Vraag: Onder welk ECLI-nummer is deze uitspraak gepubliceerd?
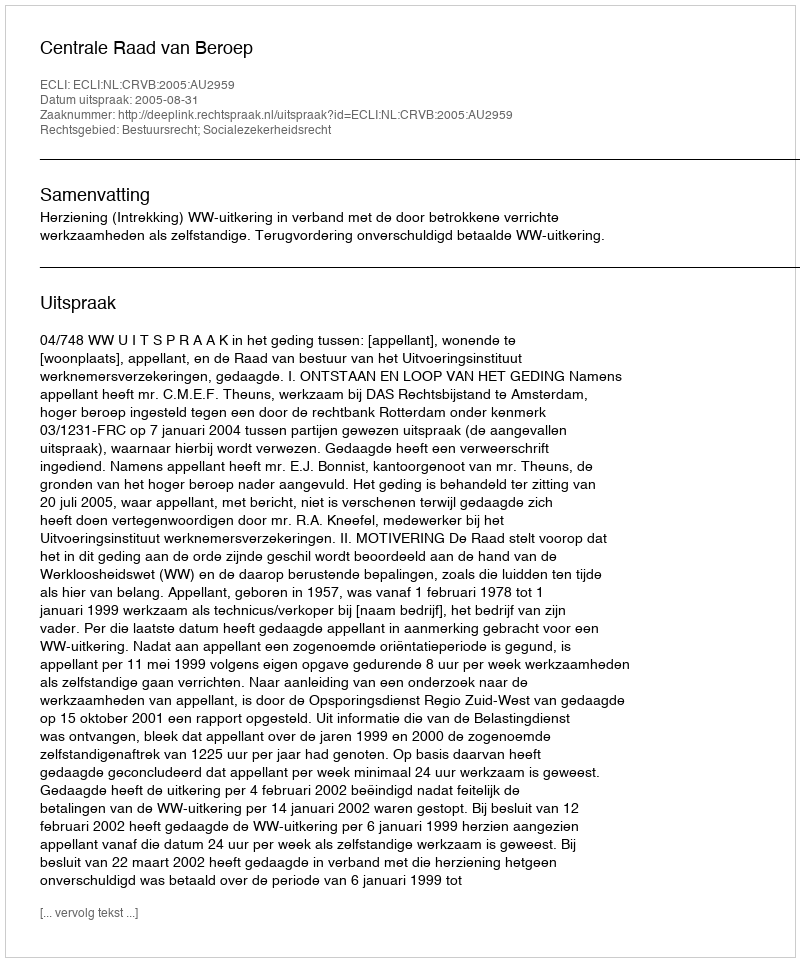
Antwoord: ECLI:NL:CRVB:2005:AU2959